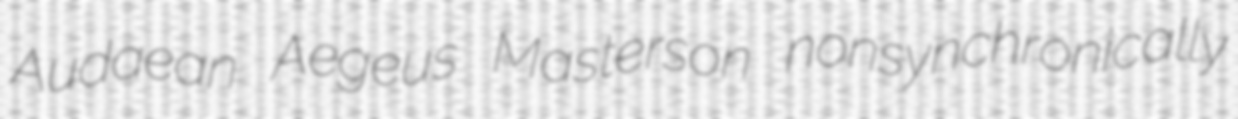
Audaean Aegeus Masterson nonsynchronically